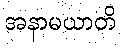
အနာမယာတိ